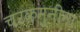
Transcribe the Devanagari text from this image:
चरकमुनींना